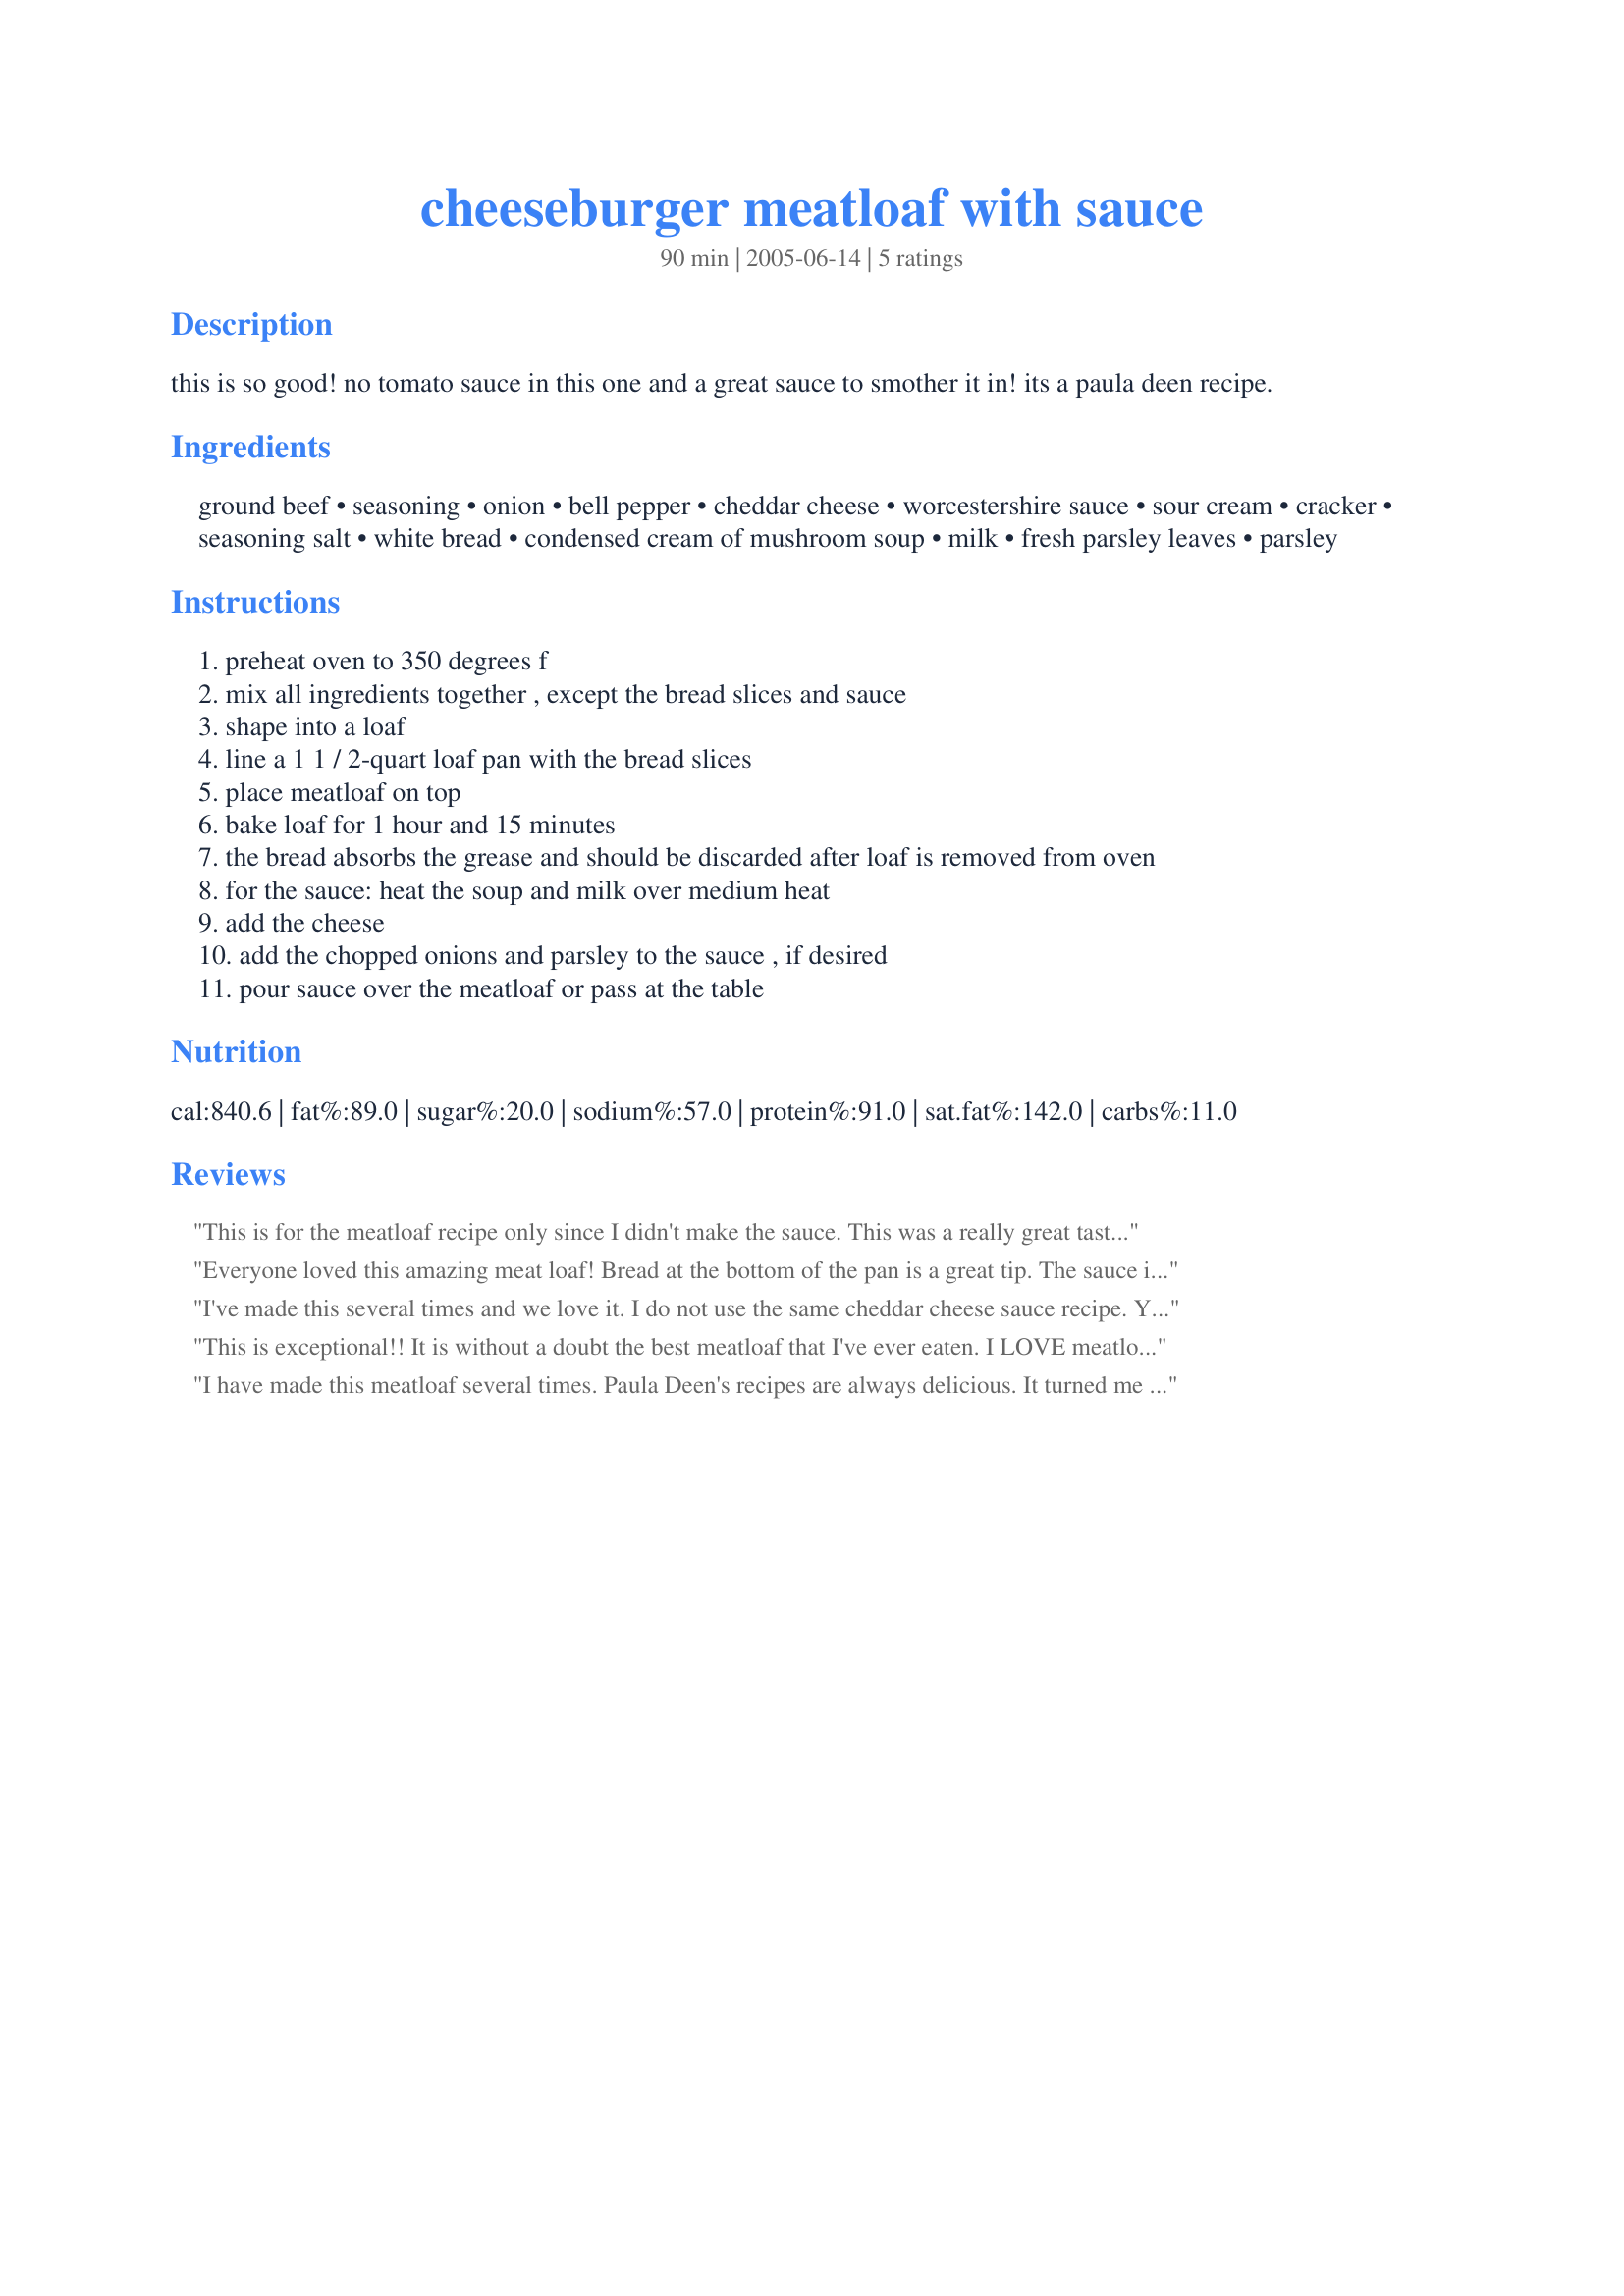
cheeseburger meatloaf with sauce
Preparation time: 90 minutes

this is so good! no tomato sauce in this one and a great sauce to smother it in! its a paula deen recipe.

Ingredients:
ground beef, seasoning, onion, bell pepper, cheddar cheese, worcestershire sauce, sour cream, cracker, seasoning salt, white bread, condensed cream of mushroom soup, milk, fresh parsley leaves, parsley

Steps:
preheat oven to 350 degrees f
mix all ingredients together , except the bread slices and sauce
shape into a loaf
line a 1 1 / 2-quart loaf pan with the bread slices
place meatloaf on top
bake loaf for 1 hour and 15 minutes
the bread absorbs the grease and should be discarded after loaf is removed from oven
for the sauce: heat the soup and milk over medium heat
add the cheese
add the chopped onions and parsley to the sauce , if desired
pour sauce over the meatloaf or pass at the table

Reviews:
This is for the meatloaf recipe only since I didn't make the sauce. This was a really great tasting meatloaf. I used a finely shredded colby/jack cheese. The only thing I did differently was add and egg and use only 1 T of worcestershire sauce because that seemed like plenty to me. This turned out very moist and tender. Next time may use red bell pepper and try the sauce. A Keeper--Thanks for posting!
Everyone loved this amazing meat loaf! Bread at the bottom of the pan is a great tip. The sauce is simple and makes enough to smother your mashed potatoes and broccoli, too! I omitted the green pepper because of fussy kids, used lowfat sour cream and Condensed Soup Mix Recipe #25653 instead of the cream of mushroom. By the way, there's a recipe posted on Zaar for Paula Deen's House Seasoning Recipe #57340. Thanks, jovigirl, for a wonderful meal!!!
I've made this several times and we love it. I do not use the same cheddar cheese sauce recipe. You can subsititute the ingredients with low fat ones and the bread lining the pan is such a great idea. Great recipe
This is exceptional!! It is without a doubt the best meatloaf that I've ever eaten. I LOVE meatloaf and this is the best. My family likes it, too. I think that the Ritz crackers are the key to this-yum! 
The bread does really soak up the grease. Wish I'd have thought of that trick years ago! The sauce is very good, too. Actually, the last time that I served this, my husband put the bowl of sauce in front of him and proceeded to put crackers in it---he thought it was cheese soup.!!! He said that it was good that way!!! Oh brother!
I have made this meatloaf several times. Paula Deen's recipes are always delicious. It turned me into a meatloaf fan. It is good!! I serve it with mashed potatoes, and use the sauce on both the meatloaf and potatoes. Thanks for posting the recipe here.
